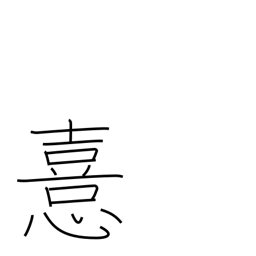
Meaning: prefer